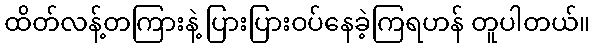
ထိတ်လန့်တကြားနဲ့ ပြားပြားဝပ်နေခဲ့ကြရဟန် တူပါတယ်။